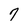
Character: 7